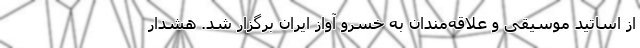
از اساتید موسیقی و علاقه‌مندان به خسرو آواز ایران برگزار شد. هشدار